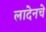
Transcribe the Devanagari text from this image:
लादेनचे